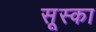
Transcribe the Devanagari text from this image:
सूस्का